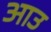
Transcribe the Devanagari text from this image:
आउ